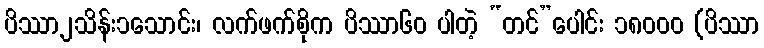
ပိဿာ၂သိန်း၁သောင်း၊ လက်ဖက်စိုက ပိဿာ၆၀ ပါတဲ့ “တင်”ပေါင်း ၁၈၀၀၀ (ပိဿာ